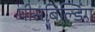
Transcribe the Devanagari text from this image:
पीसबिल्डिंग